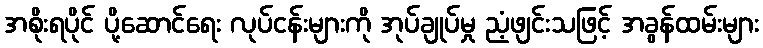
အစိုးရပိုင် ပို့ဆောင်ရေး လုပ်ငန်းများကို အုပ်ချုပ်မှု ညံ့ဖျင်းသဖြင့် အခွန်ထမ်းများ